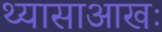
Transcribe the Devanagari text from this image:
थ्यासाआखः